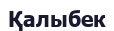
Қалыбек